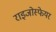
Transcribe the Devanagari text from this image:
राइजोस्फेयर